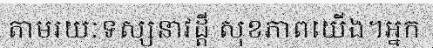
តាមរយៈទស្សនាវដ្តី សុខភាពយើង។អ្នក